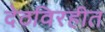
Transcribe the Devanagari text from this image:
देठविरहीत